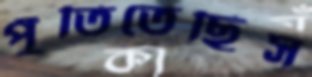
পুঁতিতেছিস